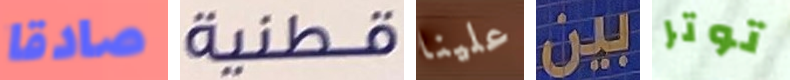
صادقا قطنية علينا بين توتر